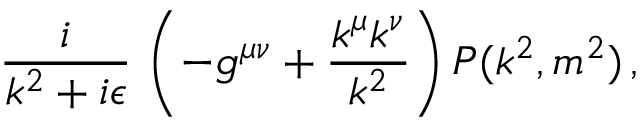
{ \frac { i } { k ^ { 2 } + i \epsilon } } \, \left( - g ^ { \mu \nu } + { \frac { k ^ { \mu } k ^ { \nu } } { k ^ { 2 } } } \right) { \cal P } ( k ^ { 2 } , m ^ { 2 } ) \, ,